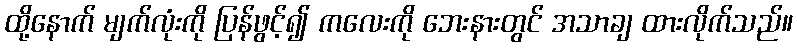
ထို့နောက် မျက်လုံးကို ပြန်ဖွင့်၍ ကလေးကို ဘေးနားတွင် အသာချ ထားလိုက်သည်။